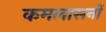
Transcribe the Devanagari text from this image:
कमलासनों